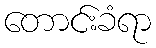
တောင်းခံရာ